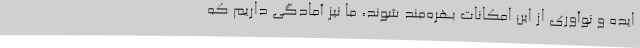
ایده و نوآوری از این امکانات بهره‌مند شوند، ما نیز آمادگی داریم که